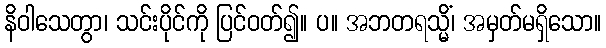
နိဝါသေတွာ၊ သင်းပိုင်ကို ပြင်ဝတ်၍။ ပ။ အဘတရသ္မိံ၊ အမှတ်မရှိသော။